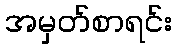
အမှတ်စာရင်း